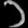
Digit: ၁